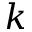
\boldsymbol { k }